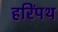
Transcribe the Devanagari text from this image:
हरिंपथ